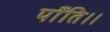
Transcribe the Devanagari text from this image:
पाँति।।